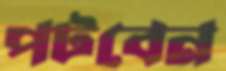
পটবেন